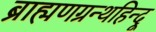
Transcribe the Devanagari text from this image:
ब्राह्मणग्रन्थहिन्दू